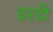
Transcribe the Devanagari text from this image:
डरडी